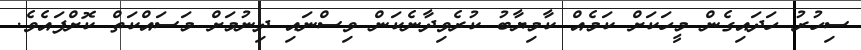
ސިހުރު ހަދައިގެން މީހަކަށް ކަމެއް ކާމިޔާބު ކުރެވިދާނެކަން ވިސްނައި ދިނުމަށް މަސައްކަތް ކޮށްފައެވެ.